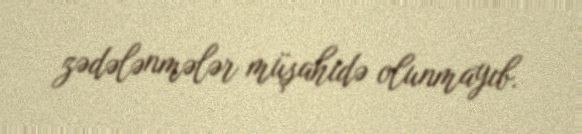
zədələnmələr müşahidə olunmayıb.